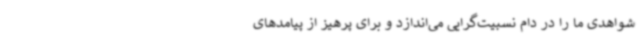
شواهدی ما را در دام نسبیت‌گرایی می‌اندازد و برای پرهیز از پیامدهای